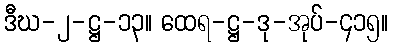
ဒီဃ-၂-ဋ္ဌ-၁၃။ ထေရ-ဋ္ဌ-ဒု-အုပ်-၄၁၅။